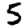
Digit: 5